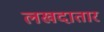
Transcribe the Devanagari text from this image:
लखदातार